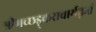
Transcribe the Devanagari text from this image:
श्रीमच्छड़्कराचार्यकृतं